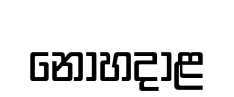
නොහදාළ